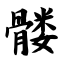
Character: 髅